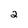
Character: 2